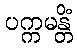
ပက္ကမန္တိံ